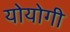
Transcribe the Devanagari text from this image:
योयोगी